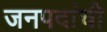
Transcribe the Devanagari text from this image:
जनपदांची